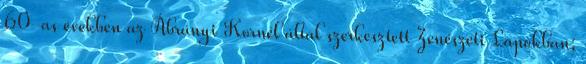
60-as években az Ábrányi Kornél által szerkesztett Zenészeti Lapokban;